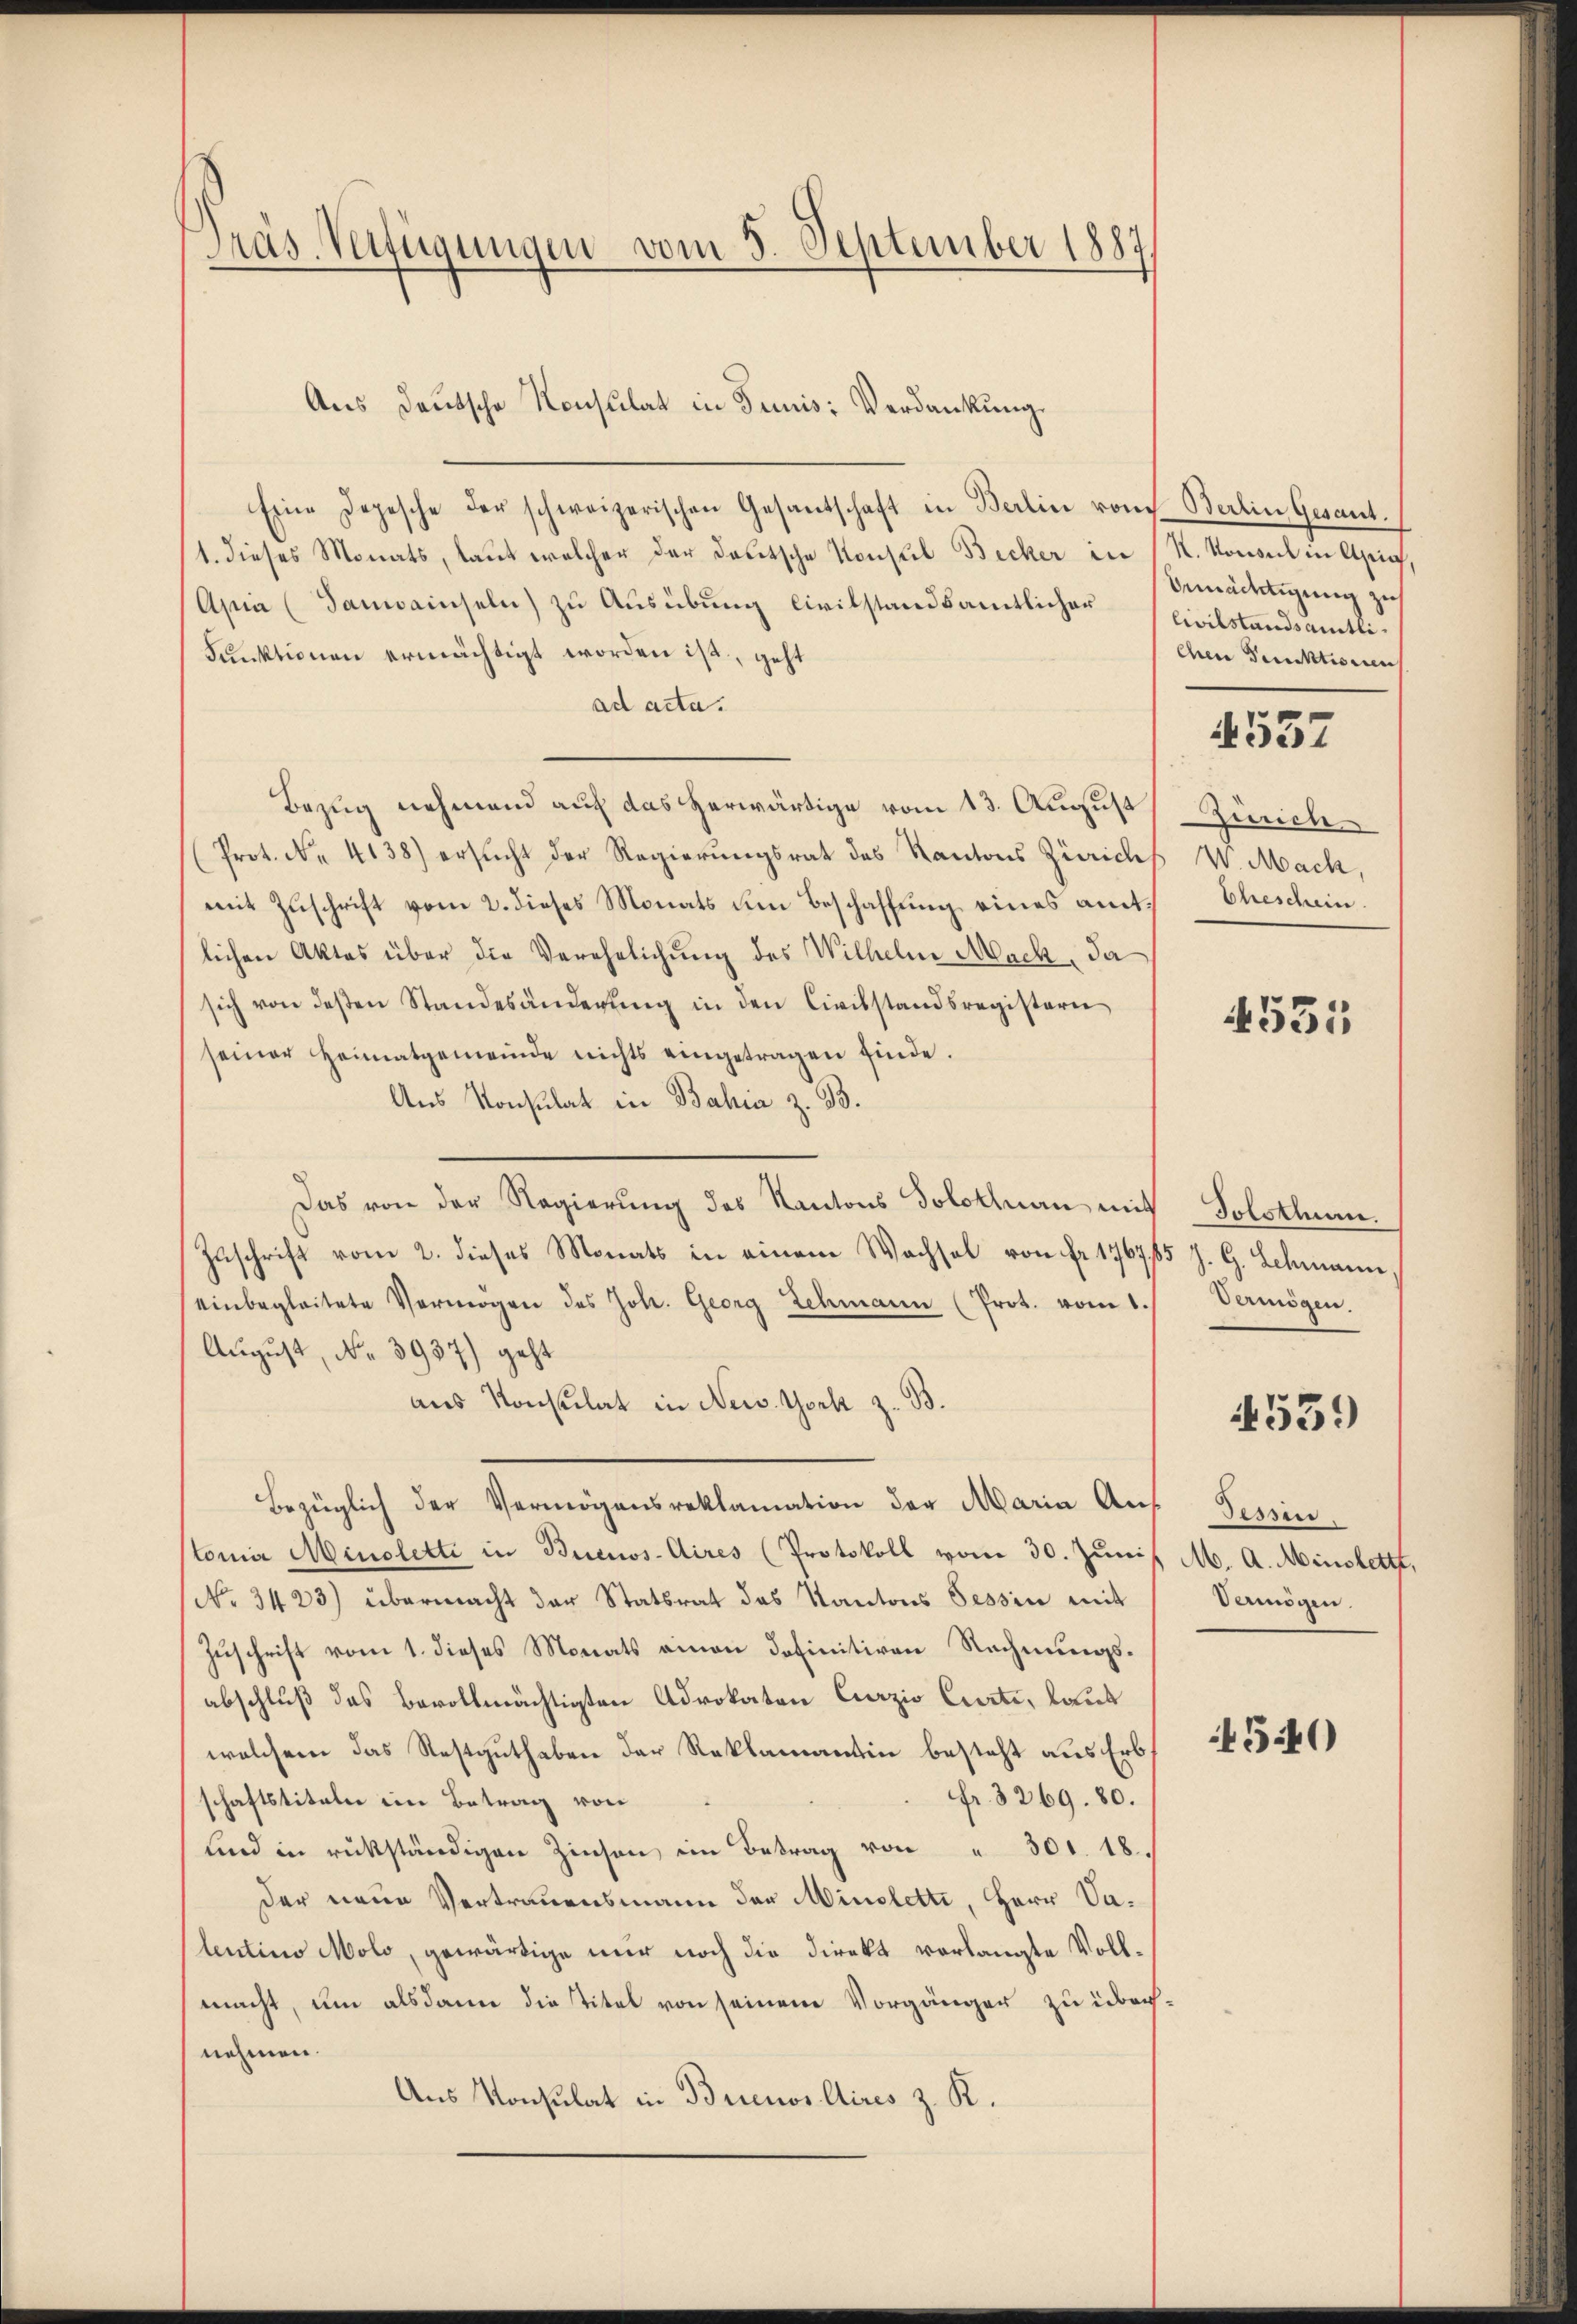
Präs. Verfügungen vom 3. September 1887

Eine Depesche der schweizerischen Gesantschaft in Berlin von Berlin Gesant.
1. dieses Monats, laut welcher der Deutsche Konsul Becker in
Asia (Sanweinseln) zu Ausübung Civilstandsamtlicher
Funktionen ermächtigt worden ist, geht
ad acta.
Bezug nehmend auf das herwärtige vom 13. August
Prot. Nr. 4138) ersŭcht der Regierŭngsrat des Kantons Zürichs
mit Zŭschrift vom 2. dieses Monats um Beschaffŭng eines amtlichen Aktes über die Verehelichung des Wilhelm Mack, da
sich von deßen Standesänderŭng in den Civilstandsregisteri
seiner Heimatgemeinde nichts eingetragen finde.
Aus Konsulat in Bahia z. B.
Das von der Regierung des Kantons Solothurn mit
Zuschrift vom 2. dieses Monats in einem Wachsel von Fr. 1767 ff
einbegleitete Vermögen des Joh. Georg Lehmann (Prot. vom 1.
August, No 3937) geht
aus Konsulat in New York z. B.
Bezüglich der Vermögensreklamation der Maria Auf
tonier Minoletti in Buenos-Aires (Protokoll vom 30. Juni
(No. 3423) übermacht der Statsrat des Kantons Tessin mit
Zuschrift vom 1. dieses Monats einen definitiven Rechnungsabschluß das Bevollmächtigten Advokaten Curzio Curti, laut
welchem das Restguthaben der Reklamantin besteht aus Erb
fr. 3269. 80.
schaftstiteln im Betrag von
und in rükständigen Zinsen im Betrag von " 301. 18.
der neue Vertrauensmann der Minoletti, Herr Valentino Molo, gewärtige nur noch die Direkt vorlangte Vollmacht, um alsdann die Titel von seinem Vorgänger zu über
nehmen.
Aus Konsulat in Brienos Aires z. R.

Aus deutsche Konsulat in Junis: Verdankung

K. Vorweil in Aig
bemächtigung zu
Civilstandsamtlichen Punktionen

537

Zürich
V. Mach,
Eheschein.

4551

Tolsthum.
85 J. G. Schmann
Vermögen

4539

Dessen.
M. A. Minstetti,
Vermögen.

540